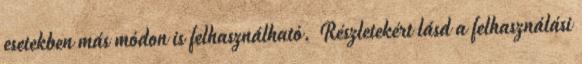
esetekben más módon is felhasználható. Részletekért lásd a felhasználási